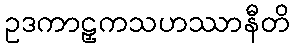
ဥဒကာဠှကသဟဿာနီတိ